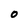
Character: o